Dysentery and liver abscess in Bombay - Number 47
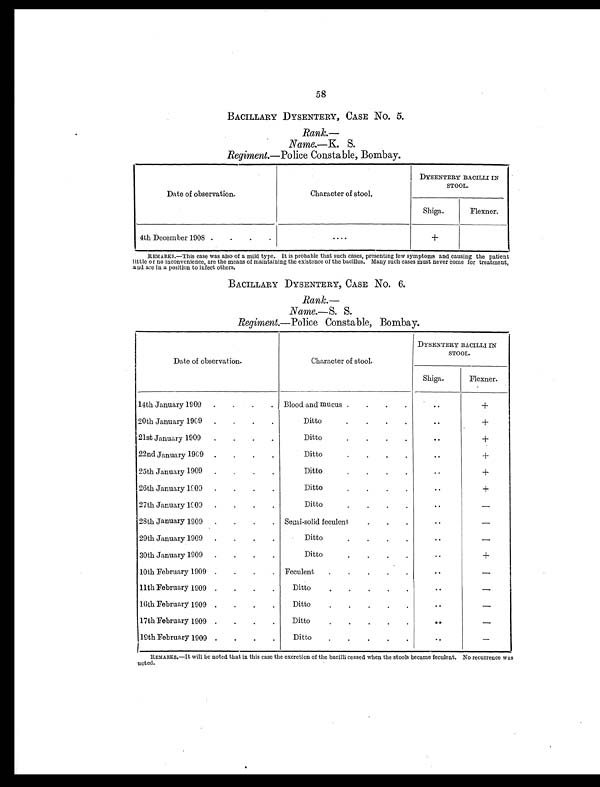
58
BACILLARY DYSENTERY, CASE No. 5.
Rank.—
Name.—K. S.
Regiment.—Police Constable, Bombay.
Date of observation.
Character of stool.
DYSENTERY BACILLI IN
STOOL.
Shiga.
Flexner.
4th December 1908 .
.
.
.
. . . .
+
REMARKS.—This case was also of a mild type. It is probable that such cases, presenting few symptoms and causing the patient
little or no inconvenience, are the means of maintaining the existence of the bacillus. Many such cases must never come for treatment,
and are in a position to infect others.
BACILLARY DYSENTERY, CASE No. 6.
Rank.—
Name.—S. S.
Regiment.—Police Constable, Bombay.
Date of observation.
Character of stool.
DYSENTERY BACILLI I
N
STOOL.
Shiga .
Flexner.
14th January 1909. . .
.
Blood and mucus
.
.
.
.
. . +
20th January 1909.
.
.
.
Ditto
.
.
.
.
. . +
21st January 1909.
.
.
.
Ditto
.
. . .
. . +
22nd January 1909.
.
.
.
Ditto
.
. .
.
..
+
25th January 1909.
.
.
Ditto
.
.
.
.
..
+
26th January 1909.
.
.
.
Ditto
. . . .
. . +
27th January 1909.
.
.
.
Ditto
.
.
.
..
–
28th January 1909.
. Semi-solid feculent
.
.
.
..
–
29th January 1909
.
.
.
Ditto
.
. . .
..
–
30th January 1909.
.
.
.
Ditto
.
.
.
.
..
+
10th February 1909.
.
.
.
Feculent
.
.
.
.
.
. . –
11th February 1909.
.
.
.
Ditto
.
. .
.
..
–
16th February 1909.
.
.
.
Ditto
.
.
.
.
.
..
–
17th February 1909.
.
.
.
Ditto
.
. . . .
. . –
19th February 1909.
.
.
.
Ditto
.
.
.
.
. .
–
REMARKES.—It will be noted that in this case the excretion of the bacilli ceased when the stools became feculent. No recurrence was
noted.